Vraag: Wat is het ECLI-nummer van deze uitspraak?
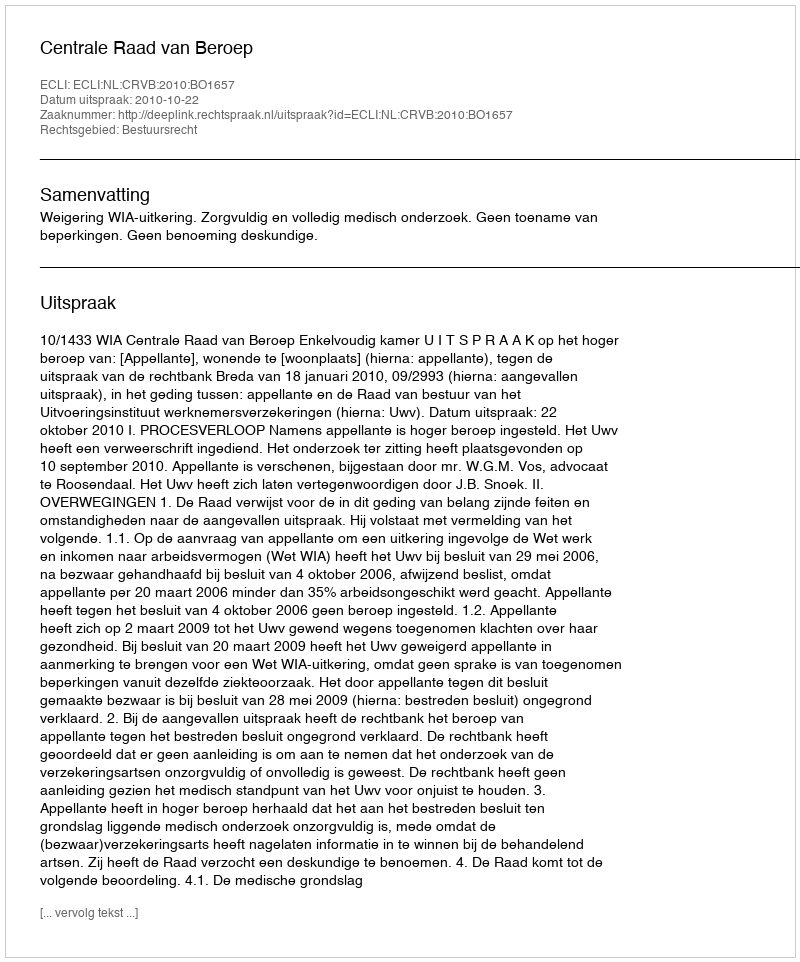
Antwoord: ECLI:NL:CRVB:2010:BO1657